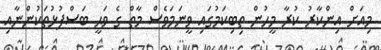
މިއަށް އިންކާރު ކުރާ މީހުން ތިބިކަމުގައި ވީނަމަވެސް މާތް ގެ ވަޙީ ބަސްފުޅުތަކުންނާއި